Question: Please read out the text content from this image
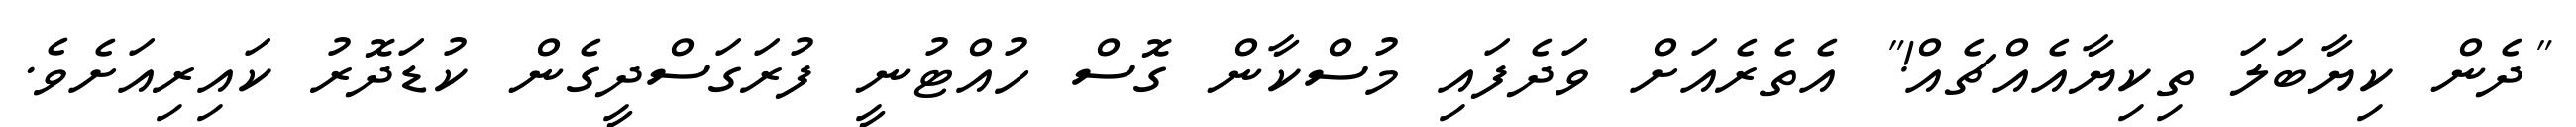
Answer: "ދެން ކިޔާބަލަ ތިކިޔާއެއްޗެއް!" އެތެރެއަށް ވަދެފައި މުސްކާން ގޮސް ހުއްޓުނީ ފުރަގަސްދީގެން ކުޑަދޮރު ކައިރިއަށެވެ.